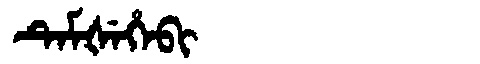
Manchu: ᡨᡝᠮᡧᡝᡥᡝᠪᡳ
Romanization: TEMŠEHEBI